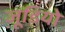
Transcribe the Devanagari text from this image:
जूडियो